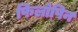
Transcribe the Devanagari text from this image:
फिलोपिन